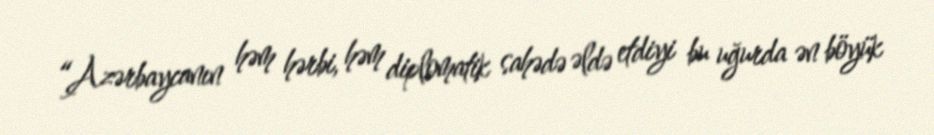
“Azərbaycanın həm hərbi, həm diplomatik sahədə əldə etdiyi bu uğurda ən böyük